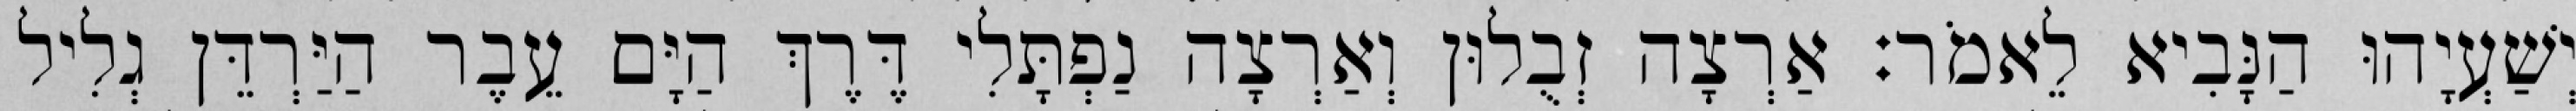
יְשַׁעְיָהוּ הַנָּבִיא לֵאמֹר׃ אַרְצָה זְבֻלוּן וְאַרְצָה נַפְתָּלִי דֶּרֶךְ הַיָּם עֵבֶר הַיַּרְדֵּן גְלִיל